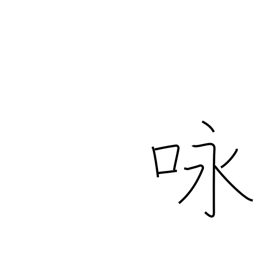
Meaning: recitation